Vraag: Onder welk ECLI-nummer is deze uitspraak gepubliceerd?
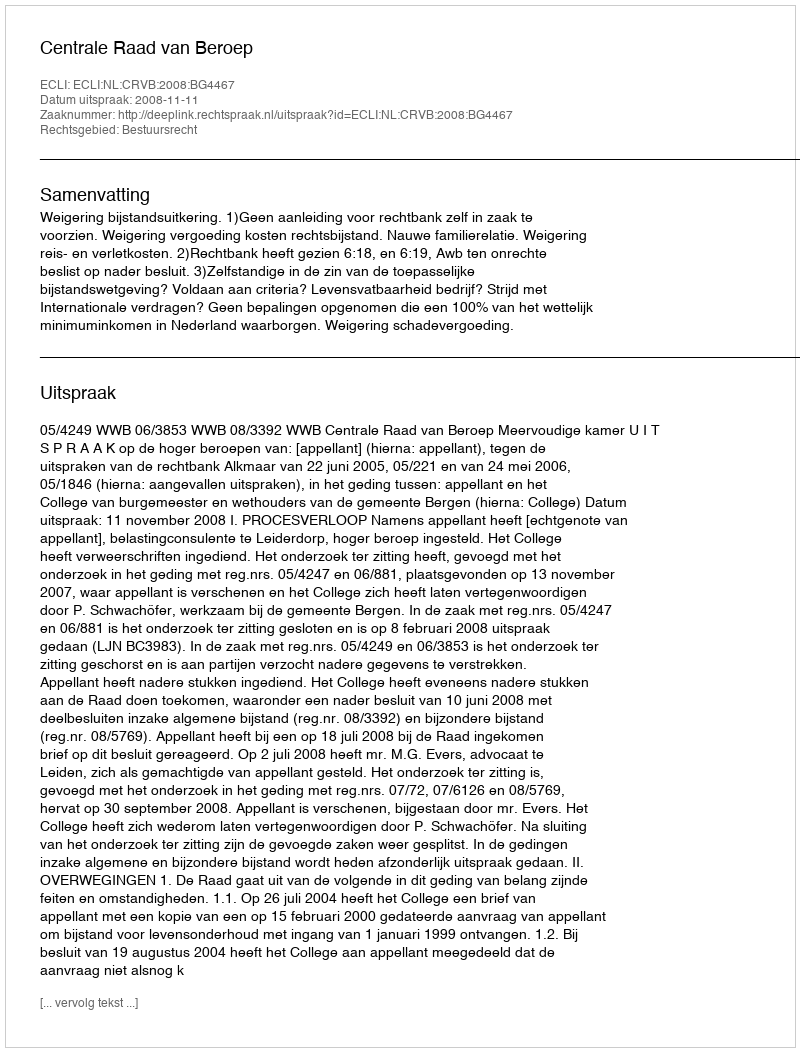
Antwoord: ECLI:NL:CRVB:2008:BG4467